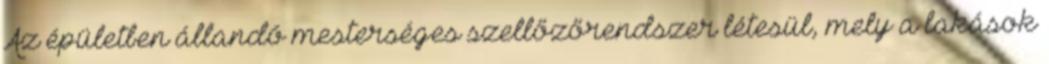
Az épületben állandó mesterséges szellőzőrendszer létesül, mely a lakások